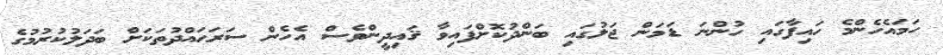
ހަމައެހެންމެ ހައިފާގައި ހުންނަ ޑަމަން ޖަލުގައި ބަންދުކޮށްފައިވާ ޤައިދީންވެސް އެހެން ސަރަޙައްދުތަކަށް ބަދަލުކުރުމުގެ